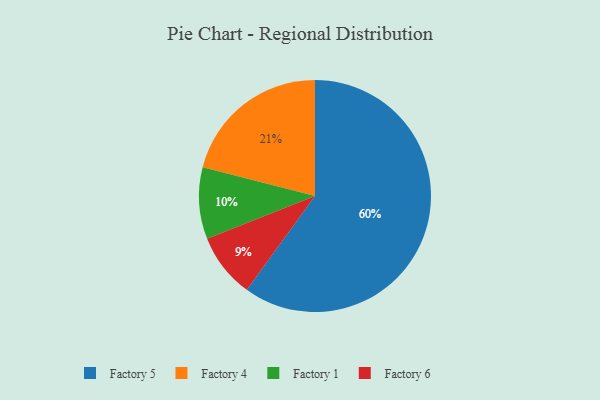
{"axis": {"x": "Category", "y": "Percentage"}, "legend": ["Factory 1", "Factory 4", "Factory 5", "Factory 6"], "data": [{"x": "Factory 6", "y": 9, "type": "Factory 6"}, {"x": "Factory 4", "y": 21, "type": "Factory 4"}, {"x": "Factory 1", "y": 10, "type": "Factory 1"}, {"x": "Factory 5", "y": 60, "type": "Factory 5"}]}